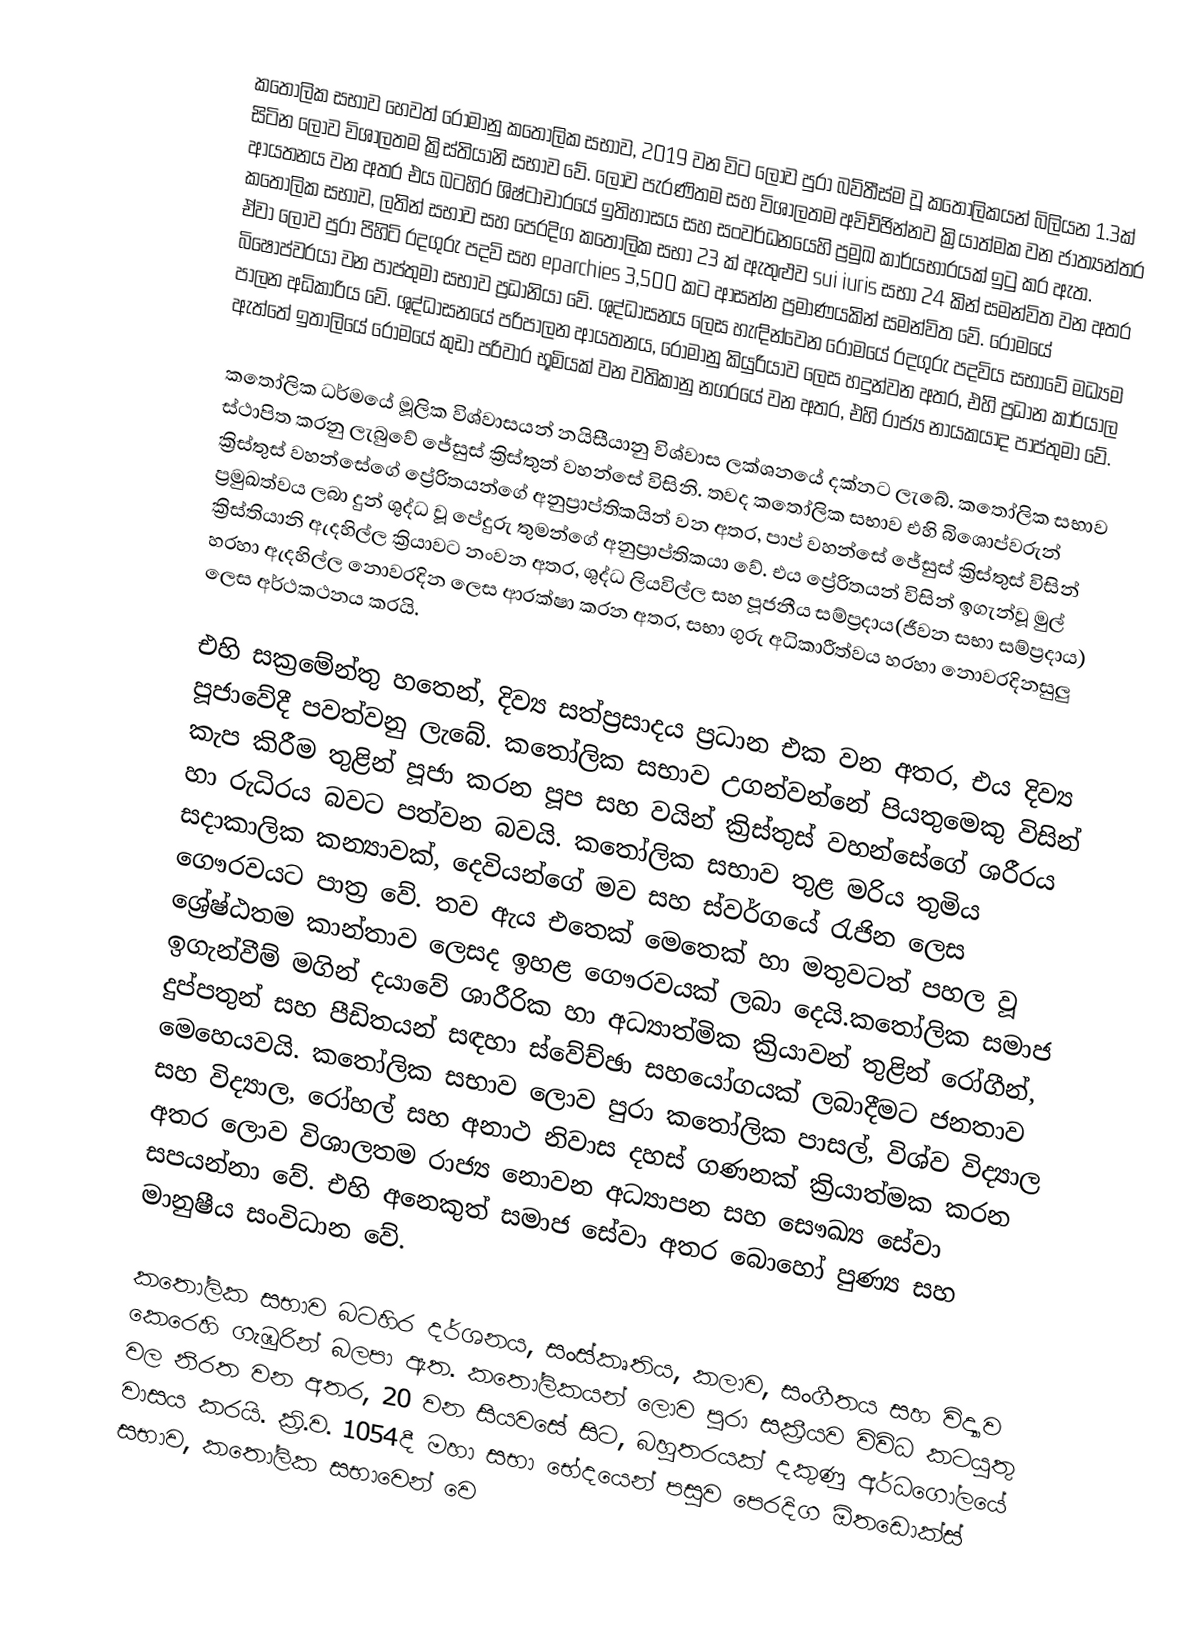
කතෝලික සභාව හෙවත් රෝමානු කතෝලික සභාව, 2019 වන විට ලොව පුරා බව්තීස්ම වූ කතෝලිකයන් බිලියන 1.3ක් සිටින ලොව විශාලතම ක්‍රිස්තියානි සභාව වේ. ලොව පැරණිතම සහ විශාලතම අවිච්ඡින්නව ක්‍රියාත්මක වන ජාත්‍යන්තර ආයතනය වන අතර  එය බටහිර ශිෂ්ටාචාරයේ ඉතිහාසය සහ සංවර්ධනයෙහි ප්‍රමුඛ කාර්යභාරයක් ඉටු කර ඇත. කතෝලික සභාව, ලතින් සභාව සහ පෙරදිග කතෝලික සභා 23 ක් ඇතුළුව sui iuris සභා 24 කින් සමන්විත වන අතර ඒවා ලොව පුරා පිහිටි රදගුරු පදවි සහ eparchies 3,500 කට ආසන්න ප්‍රමාණයකින් සමන්විත වේ. රෝමයේ බිෂොප්වරයා වන පාප්තුමා සභාව ප්‍රධානියා වේ. ශුද්ධාසනය ලෙස හැඳින්වෙන රෝමයේ රදගුරු පදවිය සභාවේ මධ්‍යම පාලන අධිකාරිය වේ. ශුද්ධාසනයේ පරිපාලන ආයතනය, රෝමානු කියුරියාව ලෙස හදුන්වන අතර, එහි ප්‍රධාන කාර්යාල ඇත්තේ ඉතාලියේ රෝමයේ කුඩා පරිවාර භූමියක් වන වතිකානු නගරයේ වන අතර, එහි රාජ්‍ය නායකයාද පාප්තුමා වේ.

කතෝලික ධර්මයේ මූලික විශ්වාසයන් නයිසීයානු විශ්වාස ලක්ශනයේ දක්නට ලැබේ. කතෝලික සභාව ස්ථාපිත කරනු ලැබුවේ ජේසුස් ක්‍රිස්තුන් වහන්සේ විසිනි. තවද කතෝලික සභාව එහි බිශොප්වරුන් ක්‍රිස්තුස් වහන්සේගේ ප්‍රේරිතයන්ගේ අනුප්‍රාප්තිකයින් වන අතර, පාප් වහන්සේ ජේසුස් ක්‍රිස්තුස් විසින් ප්‍රමුඛත්වය ලබා දුන් ශුද්ධ වූ පේදුරු තුමන්ගේ අනුප්‍රාප්තිකයා වේ. එය ප්‍රේරිතයන් විසින් ඉගැන්වූ මුල් ක්‍රිස්තියානි ඇදහිල්ල ක්‍රියාවට නංවන අතර, ශුද්ධ ලියවිල්ල සහ පූජනීය සම්ප්‍රදාය(ජීවන සභා සම්ප්‍රදාය) හරහා ඇදහිල්ල නොවරදින ලෙස ආරක්ෂා කරන අතර, සභා ගුරු අධිකාරීත්වය හරහා නොවරදිනසුලු ලෙස අර්ථකථනය කරයි.

එහි සක්‍රමේන්තු හතෙන්, දිව්‍ය සත්ප්‍රසාදය ප්‍රධාන එක වන අතර, එය දිව්‍ය පූජාවේදී පවත්වනු ලැබේ. කතෝලික සභාව උගන්වන්නේ පියතුමෙකු විසින් කැප කිරීම තුළින් පූජා කරන පූප සහ වයින් ක්‍රිස්තුස් වහන්සේගේ ශරීරය හා රුධිරය බවට පත්වන බවයි. කතෝලික සභාව තුළ මරිය තුමිය සදාකාලික කන්‍යාවක්, දෙවියන්ගේ මව සහ ස්වර්ගයේ රැජින ලෙස ගෞරවයට පාත්‍ර වේ. තව ඇය එතෙක් මෙතෙක් හා මතුවටත් පහල වූ ශ්‍රේෂ්ඨතම කාන්තාව ලෙසද ඉහළ ගෞරවයක් ලබා දෙයි.කතෝලික සමාජ ඉගැන්වීම් මගින් දයාවේ ශාරීරික හා අධ්‍යාත්මික ක්‍රියාවන් තුළින් රෝගීන්, දුප්පතුන් සහ පීඩිතයන් සඳහා ස්වේච්ඡා සහයෝගයක් ලබාදීමට ජනතාව මෙහෙයවයි. කතෝලික සභාව ලොව පුරා කතෝලික පාසල්, විශ්ව විද්‍යාල සහ විද්‍යාල, රෝහල් සහ අනාථ නිවාස දහස් ගණනක් ක්‍රියාත්මක කරන අතර ලොව විශාලතම රාජ්‍ය නොවන අධ්‍යාපන සහ සෞඛ්‍ය සේවා සපයන්නා වේ. එහි අනෙකුත් සමාජ සේවා අතර බොහෝ පුණ්‍ය සහ මානුෂීය සංවිධාන වේ.

කතෝලික සභාව බටහිර දර්ශනය, සංස්කෘතිය, කලාව, සංගීතය සහ විද්‍යාව කෙරෙහි ගැඹුරින් බලපා ඇත. කතෝලිකයන් ලොව පුරා සක්‍රීයව විවිධ කටයුතු වල නිරත වන අතර, 20 වන සියවසේ සිට, බහුතරයක් දකුණු අර්ධගෝලයේ වාසය කරයි. ක්‍රි.ව. 1054දී මහා සභා භේදයෙන් පසුව පෙරදිග ඕතඩොක්ස් සභාව, කතෝලික සභාවෙන් වෙ